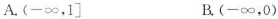
A.(-∞，1] B.(-∞，0)